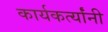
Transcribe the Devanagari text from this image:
कार्यकर्त्यांंनी